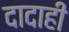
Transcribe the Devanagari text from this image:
दादाही